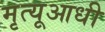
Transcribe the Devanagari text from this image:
मृत्यूआधी